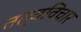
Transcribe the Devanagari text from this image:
तत्वविचार